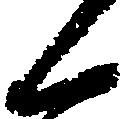
候